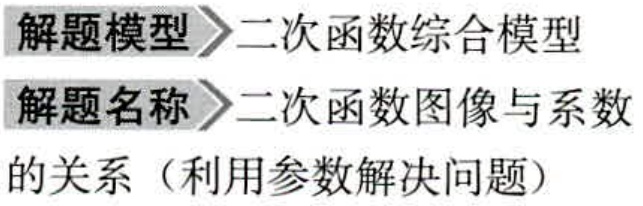
解题模型$\rhd$二次函数综合模型
解题名称$\rhd$二次函数图像与系数的关系（利用参数解决问题）